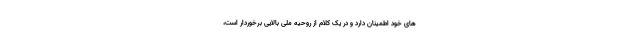
های خود اطمینان دارد و در یک کلام از روحیه ملی بالایی برخوردار است،